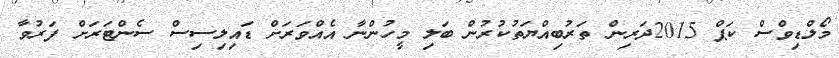
މޯލްޑިވްސް ކަޕް 2015ދަރިން ތަރުބިއްޔަތުކުރުން ބަލި މީހުންނާ އެއްވަރަށް ޑައިލިސިސް ސެންޓަރަށް ފަރުވާ